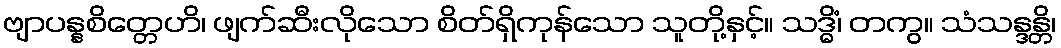
ဗျာပန္နစိတ္တေဟိ၊ ဖျက်ဆီးလိုသော စိတ်ရှိကုန်သော သူတို့နှင့်။ သဒ္ဓိံ၊ တကွ။ သံသန္ဒန္တိ၊